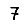
Digit: 7